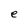
Character: e